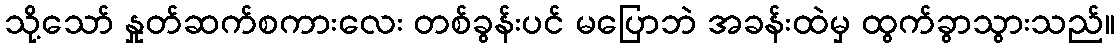
သို့သော် နှုတ်ဆက်စကားလေး တစ်ခွန်းပင် မပြောဘဲ အခန်းထဲမှ ထွက်ခွာသွားသည်။